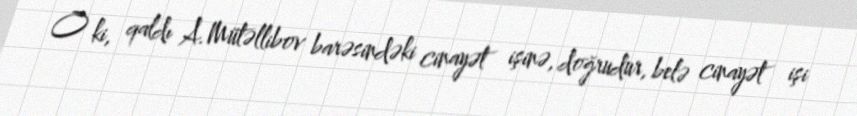
O ki, qaldı A.Mütəllibov barəsindəki cinayət işinə, doğrudur, belə cinayət işi